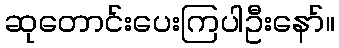
ဆုတောင်းပေးကြပါဦးနော်။